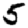
Digit: 5